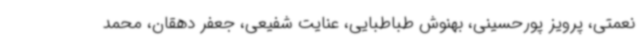
نعمتی، پرویز پورحسینی، بهنوش طباطبایی، عنایت شفیعی، جعفر دهقان، محمد